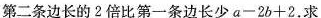
第二条边长的2倍比第一条边长少$$a - 2 b + 2$$，求